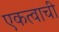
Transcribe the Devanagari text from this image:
एकत्वाची